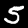
Digit: 5